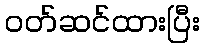
ဝတ်ဆင်ထားပြီး